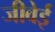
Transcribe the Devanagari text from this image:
जीवेई